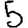
Digit: 5